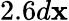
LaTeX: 2.6d\mathbf{x}